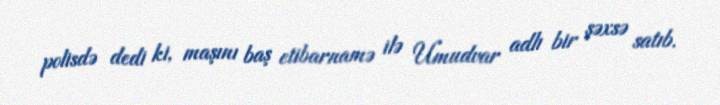
polisdə dedi ki, maşını baş etibarnamə ilə Umudvar adlı bir şəxsə satıb.